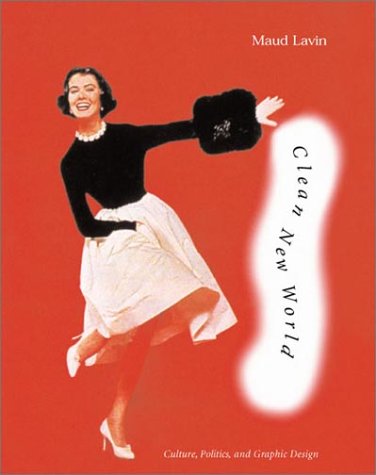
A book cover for Clean New World: Culture, Politics, and Graphic Design; Maud Lavin; Humor & Entertainment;